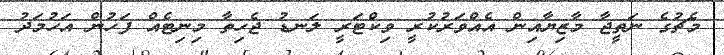
މެޗުގެ ނަތީޖާ މާޒިޔާއިން އެއްވަރުކުރީ ވިކްޓަރީ ލަނޑު ޖެހިތާ މިނިޓެއް ފަހުން އަހުމަދު